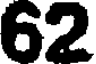
62